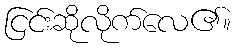
ငြင်းဆိုလိုက်လေ၏။